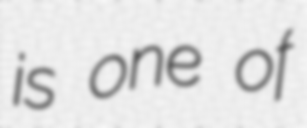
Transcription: is one of